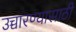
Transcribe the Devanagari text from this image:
उच्चारण्यासाठी